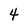
Character: 4